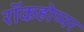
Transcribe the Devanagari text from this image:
रॉकहोप्पर